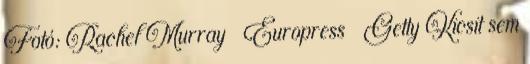
Fotó: Rachel Murray Europress Getty Kicsit sem